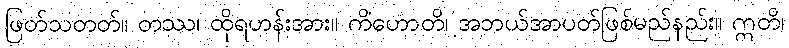
ဖြတ်သတတ်။ တဿ၊ ထိုရဟန်းအား။ ကိံဟောတိ၊ အဘယ်အာပတ်ဖြစ်မည်နည်း။ ဣတိ၊